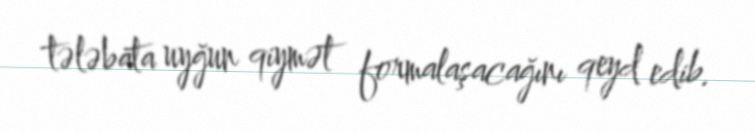
tələbata uyğun qiymət formalaşacağını qeyd edib.